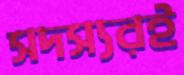
সদস্যরই